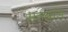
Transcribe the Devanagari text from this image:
सहब्रांड